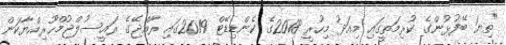
"ތިޔަ ބޭފުޅުންގެ ކުރިމަތީގައި މިއަދު މިހުރީ 2018ގެ ކެންޑިޑޭޓް 2019ގައި ރާއްޖޭގެ ރައީސުލްޖުމްހޫރިއްޔާކަން